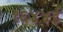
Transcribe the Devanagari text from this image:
१६४४ई